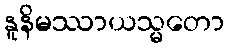
နူနိမဿာယသ္မတော